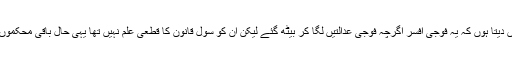
میں اس کی مثال یوں دیتا ہوں کہ یہ فوجی افسر اگرچہ فوجی عدالتیں لگا کر بیٹھ گئے لیکن ان کو سول قانون کا قطعی علم نہیں تھا یہی حال باقی محکموں میں فوجیوں کا تھا۔